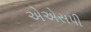
એએસપી